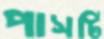
পাসটি